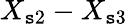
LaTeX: X_{\mathtt{s}2}-X_{\mathtt{s}3}